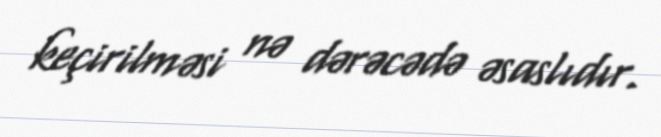
keçirilməsi nə dərəcədə əsaslıdır.